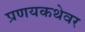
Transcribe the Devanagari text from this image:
प्रणयकथेवर